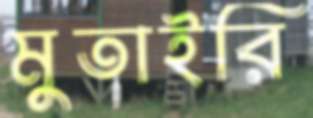
মুতাইরি